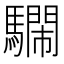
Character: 𩦴